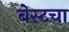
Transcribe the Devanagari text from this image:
बेस्टचा